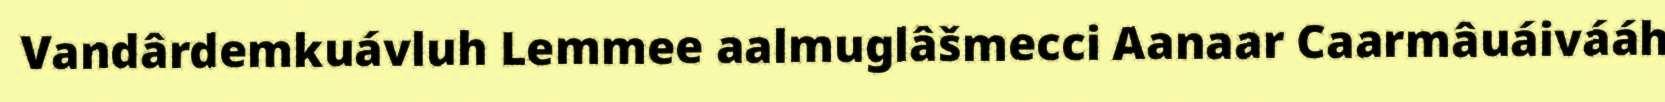
Vandârdemkuávluh Lemmee aalmuglâšmecci Aanaar Caarmâuáivááh